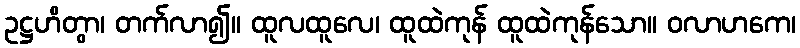
ဥဋ္ဌဟိတွာ၊ တက်လာ၍။ ထူလထူလေ၊ ထူထဲကုန် ထူထဲကုန်သော။ ဝလာဟကေ၊